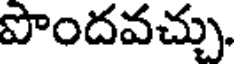
పొందవచ్చు.